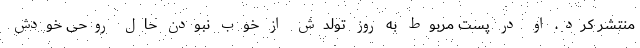
منتشر کرد. او در پست مربوط به روز تولدش از خوب نبودن حال روحی خودش